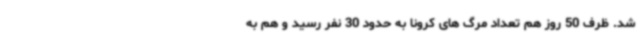
شد. ظرف 50 روز هم تعداد مرگ‌ های کرونا به حدود 30 نفر رسید و هم به